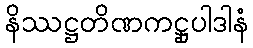
နိဿဋ္ဌတိဏကဋ္ဌုပါဒါနံ